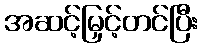
အဆင့်မြှင့်တင်ပြီး